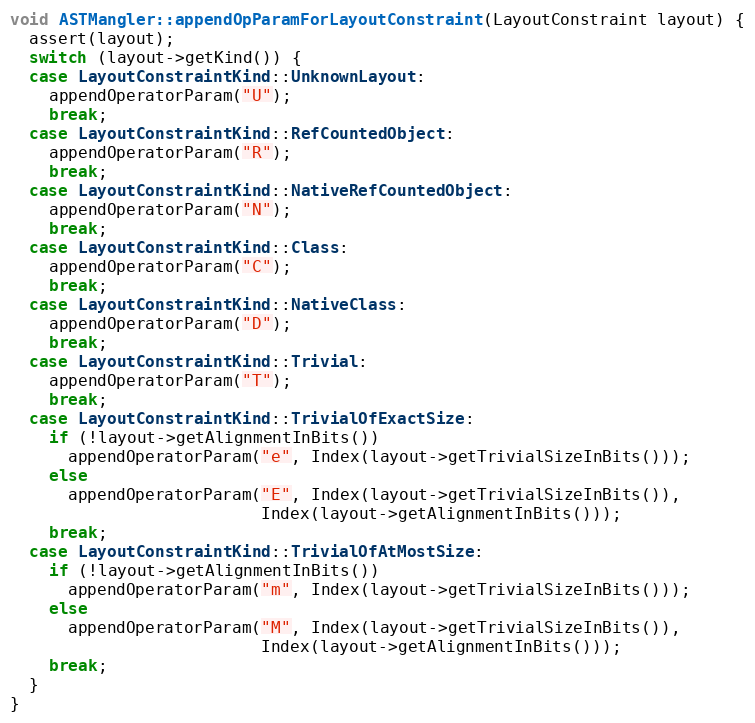
Language: C++
void ASTMangler::appendOpParamForLayoutConstraint(LayoutConstraint layout) {
  assert(layout);
  switch (layout->getKind()) {
  case LayoutConstraintKind::UnknownLayout:
    appendOperatorParam("U");
    break;
  case LayoutConstraintKind::RefCountedObject:
    appendOperatorParam("R");
    break;
  case LayoutConstraintKind::NativeRefCountedObject:
    appendOperatorParam("N");
    break;
  case LayoutConstraintKind::Class:
    appendOperatorParam("C");
    break;
  case LayoutConstraintKind::NativeClass:
    appendOperatorParam("D");
    break;
  case LayoutConstraintKind::Trivial:
    appendOperatorParam("T");
    break;
  case LayoutConstraintKind::TrivialOfExactSize:
    if (!layout->getAlignmentInBits())
      appendOperatorParam("e", Index(layout->getTrivialSizeInBits()));
    else
      appendOperatorParam("E", Index(layout->getTrivialSizeInBits()),
                          Index(layout->getAlignmentInBits()));
    break;
  case LayoutConstraintKind::TrivialOfAtMostSize:
    if (!layout->getAlignmentInBits())
      appendOperatorParam("m", Index(layout->getTrivialSizeInBits()));
    else
      appendOperatorParam("M", Index(layout->getTrivialSizeInBits()),
                          Index(layout->getAlignmentInBits()));
    break;
  }
}